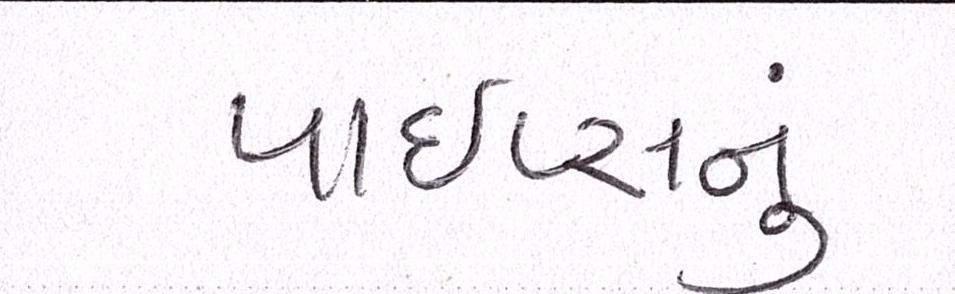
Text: પાઇપ્સનું